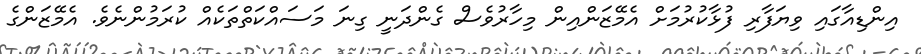
އިންޑިއާގައި ވިޔަފާރި ފުޅާކުރުމަށް އެމޭޒަންއިން މިހާރުވެސް ގެންދަނީ ގިނަ މަސައްކަތްތަކެއް ކުރަމުންނެވެ. އެމޭޒަންގެ